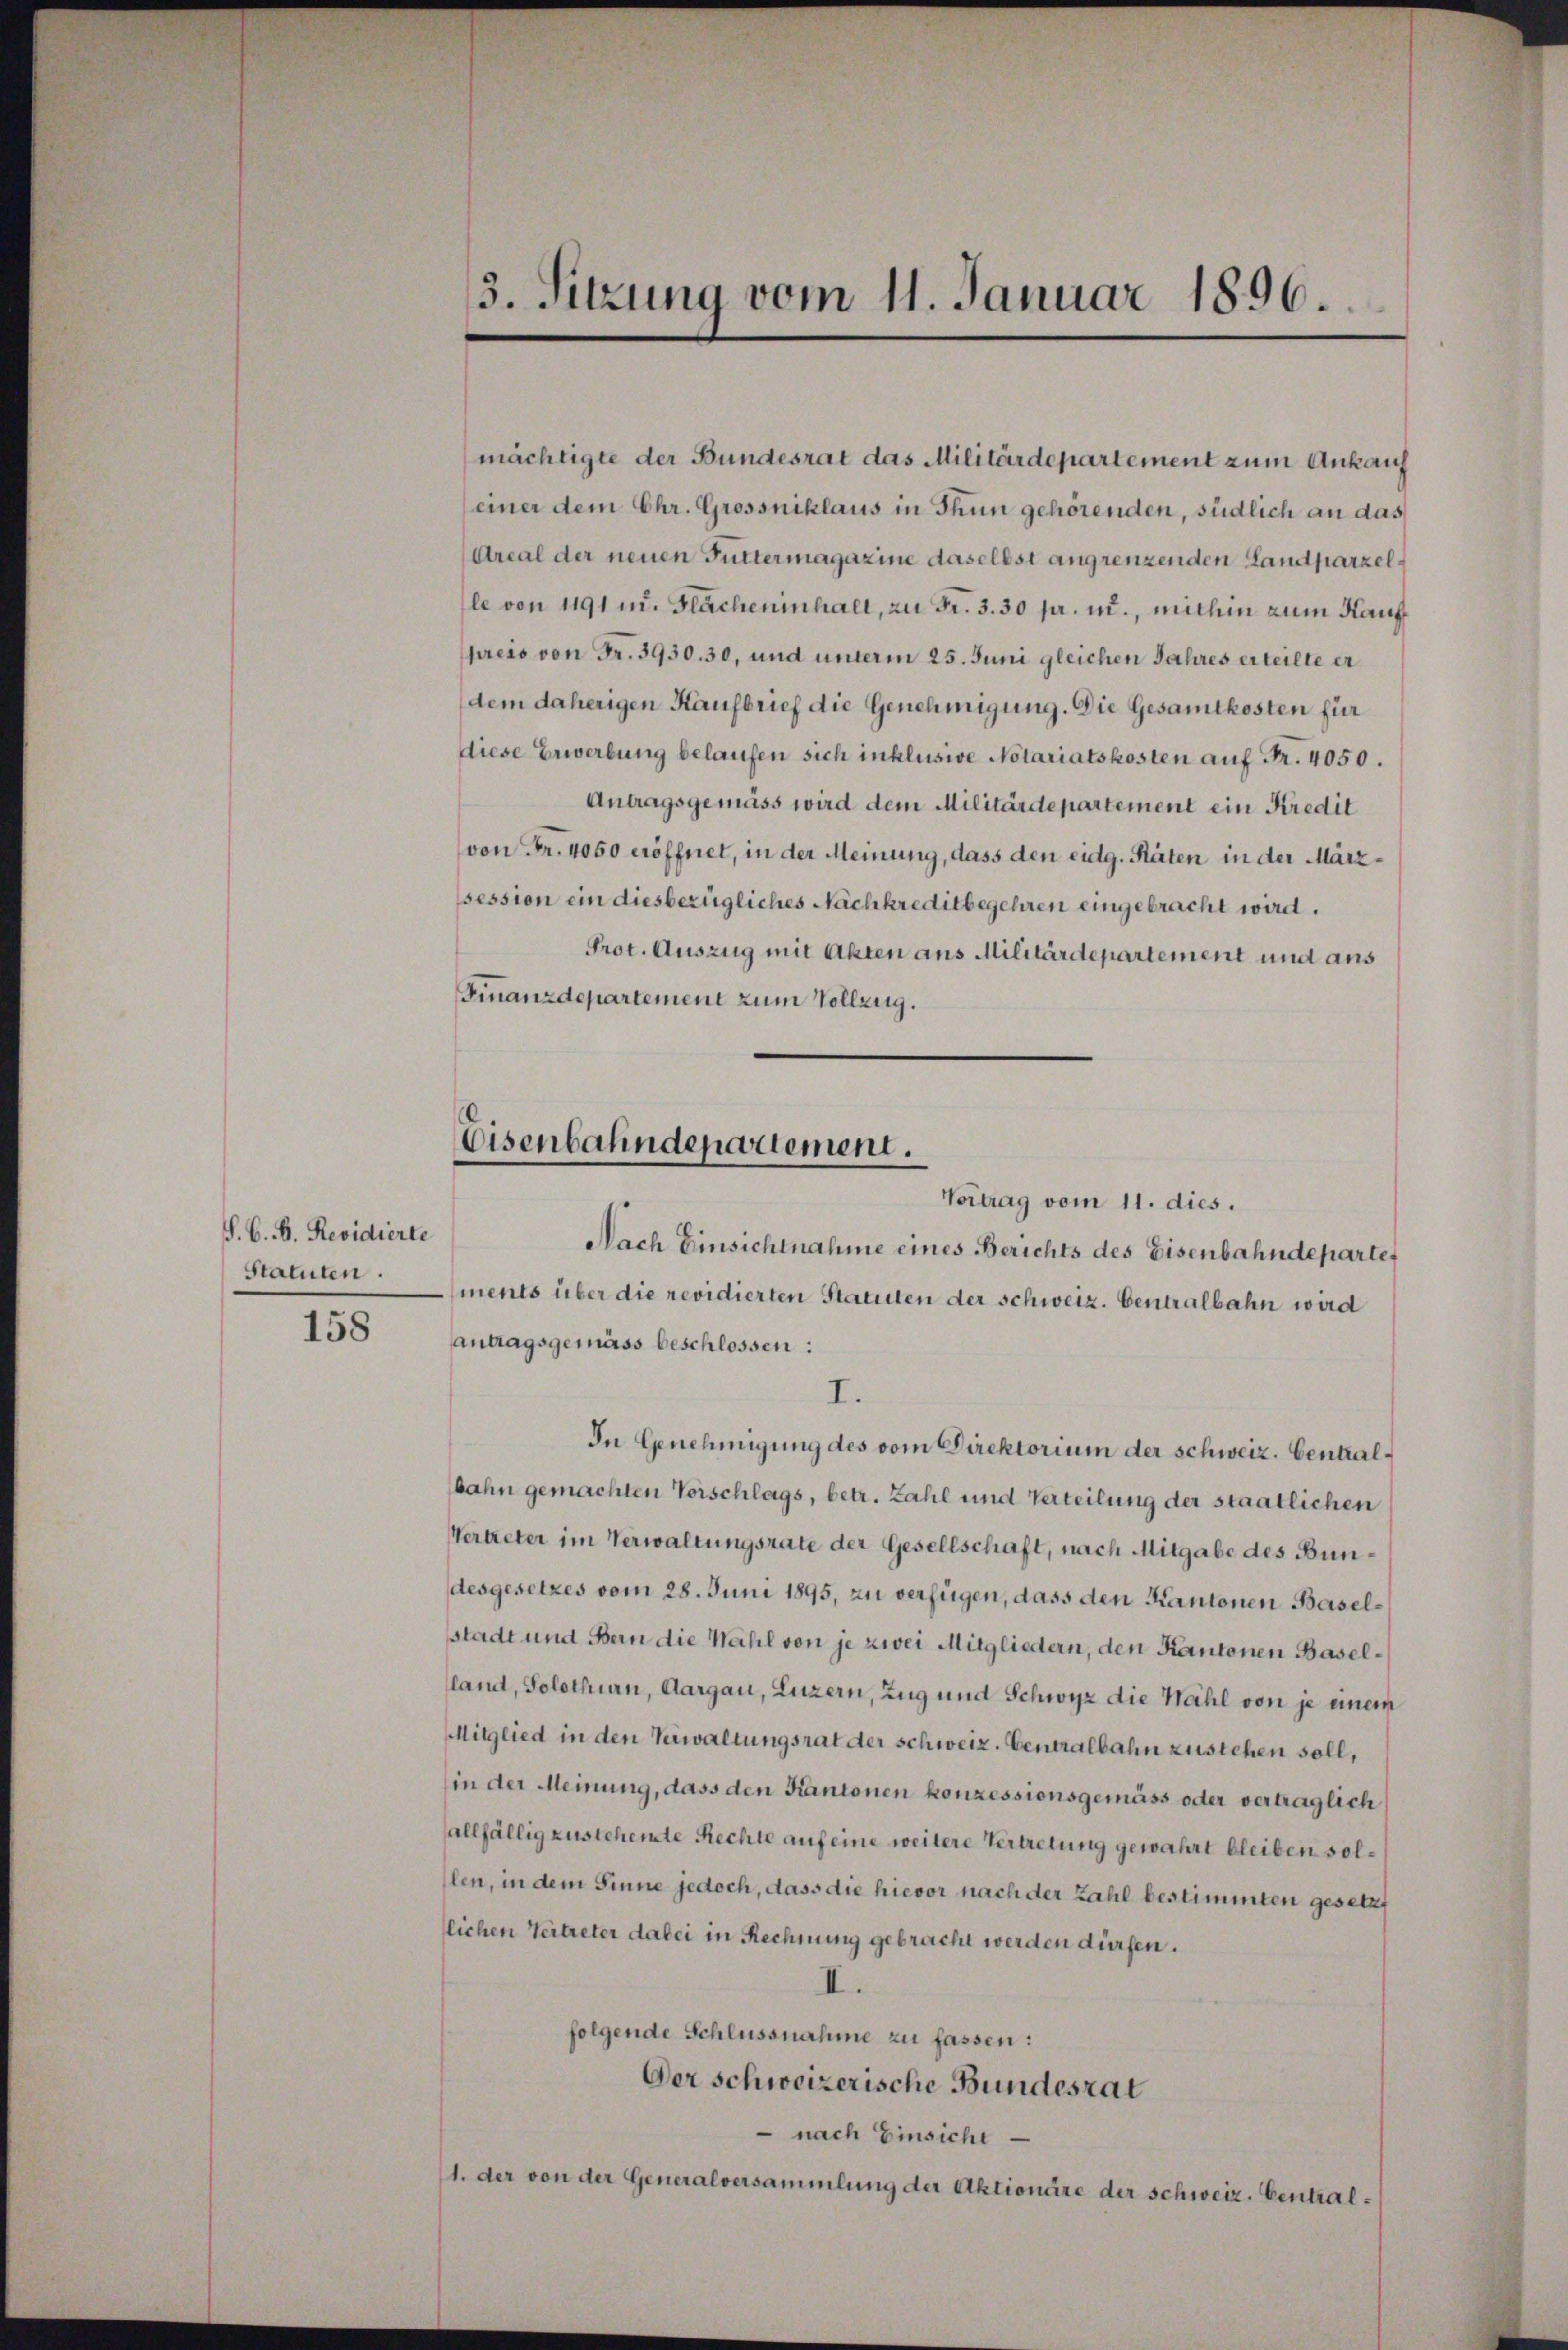
S. C. D. Revidierte
Statuten.

158

3. Sitzung vom 11. Januar 1896

mächtigte der Bundesrat das Militärdepartement zum Ankauf
einer dem Chr. Grossniklaus in Thun gehörenden, südlich an das
Areal der neuen Futtermagazine daselbst angrenzenden Landparzelle von 1191 u. Flächeninhalt, zu Fr. 3. 30 fr. in., mithin zum Kauf
preis von Fr. 3930. 30, und unterm 25. Juni gleichen Jahres erteilte erdem daherigen Kaufbrief die Genehmigung. Die Gesamtkosten für
diese Erwerbung belaufen sich inklusive Notariatskosten auf Fr. 4050.
Antragsgemäss wird dem Militärdepartement ein Kredit
von Fr. 4050 eröffnet, in der Meinung, dass den eidg. Räten in der Märzssession ein diesbezügliches Nachkreditbegehren eingebracht wird.
Prot. Auszug mit Akten aus Militärdepartement und aus
Finanzdepartement zum Vollzug.
Nach Einsichtnahme eines Berichts des Eisenbahndepartet
ments über die revidierten Statuten der schweiz. Centralbahn wird
antragsgemäss beschlossen:
I.
In Genehmigung des vom Direktorium der schweiz. Centralbahn gemachten Vorschlags, betr. Zahl und Verteilung der staatlichen
Vertreter im Verwaltungsrate der Gesellschaft, nach Mitgabe des Bundesgesetzes vom 28. Juni 1895, zu verfügen, dass den Kantonen Baselsstadt und Bern die Wahl von je zwei Mitgliedern, den Kantonen Baselland, Solothurn, Aargau, Luzern, Zug und Schwyz die Wahl von je einem
Mitglied in den Verwaltungsrat der schweiz. Generalbahn zustehen soll,
in der Meinung, dass den Kantonen konzessionsgemäss oder vertraglich
allfällig zustehente Rechte auf eine weitere Vertretung gewahrt bleiben sollen, in dem Sinne jedoch, dass die hievor nach der Zahl bestimmten gesetz
lichen Vertreter dabei in Rechnung gebracht werden dürfen.
II.
folgende Schlussnahme zu fassen:
Der schweizerische Bundesrat
 nach Einsiche
1. der von der Generalversammlung der Aktionäre der schweiz. Central¬

Eisenbahndepariement.
Vortrag vom 11. dies.